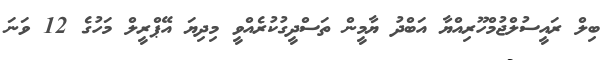
ބިލް ރައީސުލްޖުމްހޫރިއްޔާ އަބްދު ޔާމީން ތަސްދީގުކުރެއްވީ މިދިޔަ އޭޕްރީލް މަހުގެ 12 ވަނަ